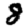
Digit: 8